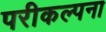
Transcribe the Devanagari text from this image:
परीकल्पना